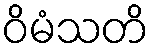
ဝိမံသတိ